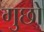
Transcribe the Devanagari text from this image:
गुछो